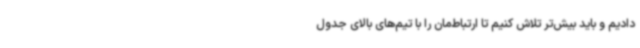
دادیم و باید بیش‌تر تلاش کنیم تا ارتباط‌مان را با تیم‌های بالای جدول